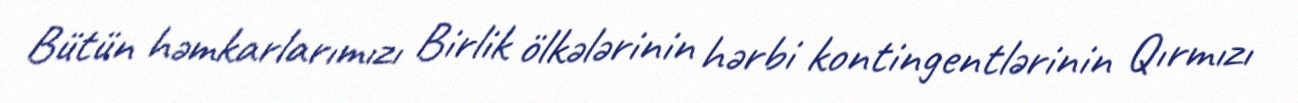
Bütün həmkarlarımızı Birlik ölkələrinin hərbi kontingentlərinin Qırmızı